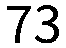
73